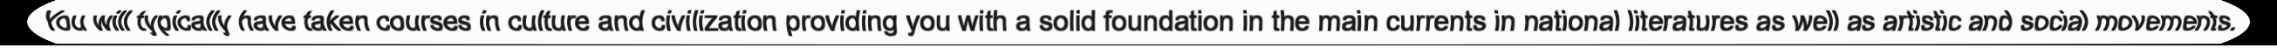
You will typically have taken courses in culture and civilization providing you with a solid foundation in the main currents in national literatures as well as artistic and social movements.